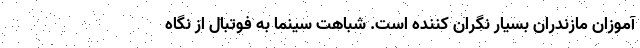
آموزان مازندران بسیار نگران کننده است. شباهت سینما به فوتبال از نگاه